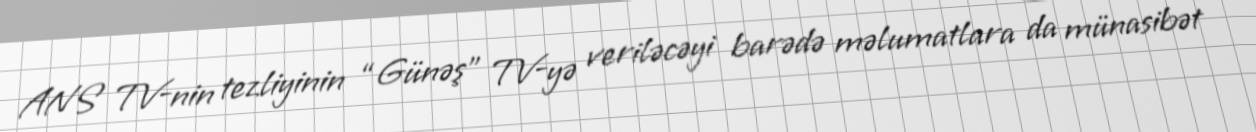
ANS TV-nin tezliyinin “Günəş” TV-yə veriləcəyi barədə məlumatlara da münasibət